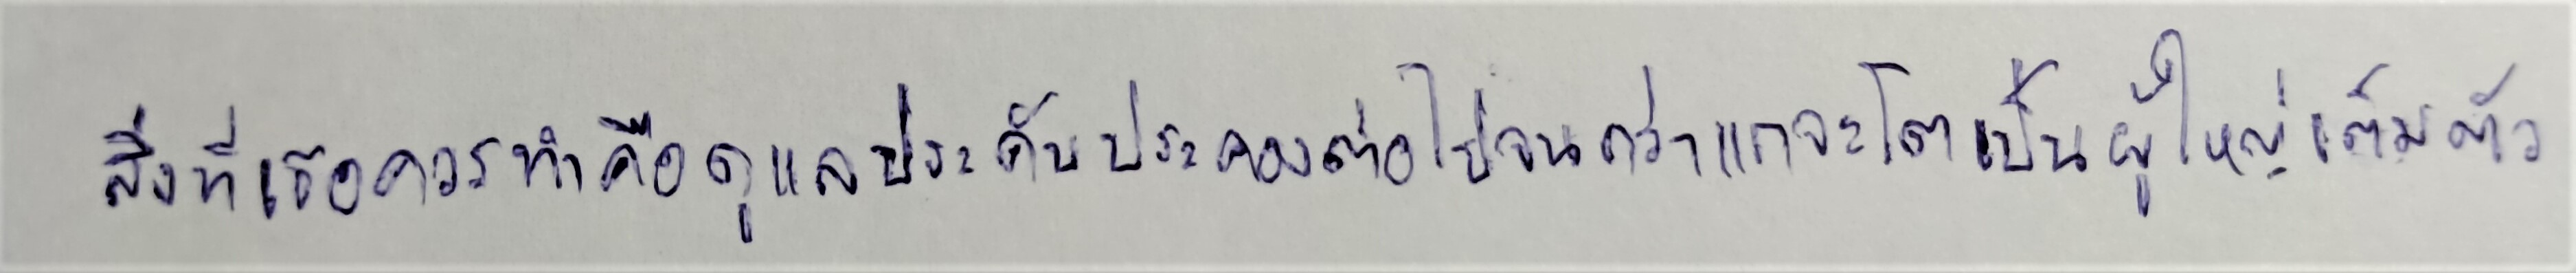
สิ่งที่เธอควรทำคือดูแลประคับประคองต่อไปจนกว่าแกจะโตเป็นผู้ใหญ่เต็มตัว